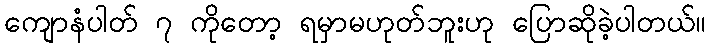
ကျောနံပါတ် ၇ ကိုတော့ ရမှာမဟုတ်ဘူးဟု ပြောဆိုခဲ့ပါတယ်။